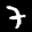
Label: 7